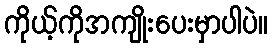
ကိုယ့်ကိုအကျိုးပေးမှာပါပဲ။